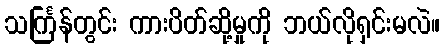
သင်္ကြန်တွင်း ကားပိတ်ဆို့မှုကို ဘယ်လိုရှင်းမလဲ။